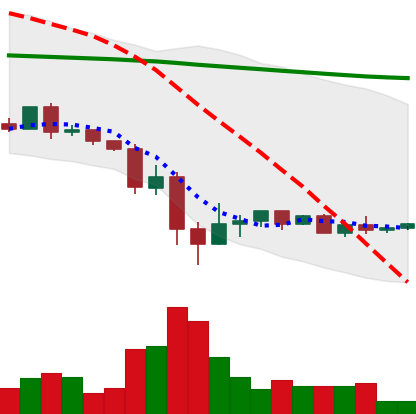
Ticker: XRP-USD
Chart end date: 2022-05-22
Forward return: -9.601%
Label: down_7plus